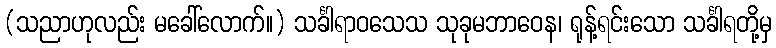
(သညာဟုလည်း မခေါ်လောက်။) သင်္ခါရာဝသေသ သုခုမဘာဝေန၊ ရုန့်ရင်းသော သင်္ခါရတို့မှ